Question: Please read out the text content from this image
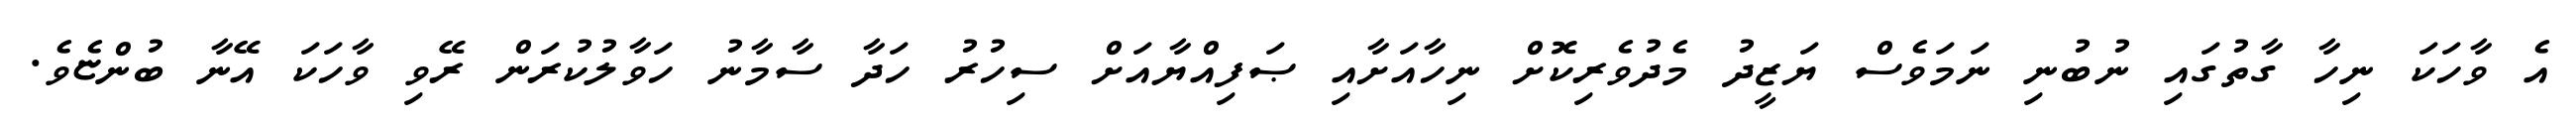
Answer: އެ ވާހަކަ ނިހާ ގާތުގައި ނުބުނި ނަމަވެސް ޔަޒީދު މެދުވެރިކޮށް ނިހާއަށާއި ޞަފިއްޔާއަށް ސިހުރު ހަދާ ސާމާނު ހަވާލުކުރަން ރޭވި ވާހަކަ އޭނާ ބުންޏެވެ.